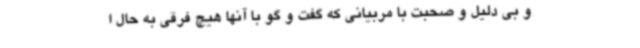
و بی دلیل و صحبت با مربیانی که گفت و گو با آنها هیچ فرقی به حال ا